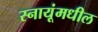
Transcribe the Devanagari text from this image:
स्नायूंमधील